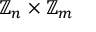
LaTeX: \mathbb { Z } _ { n } \times \mathbb { Z } _ { m }